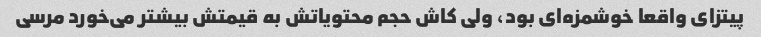
پیتزای واقعا‌ خوشمزه‌ای بود، ولی کاش حجم محتویاتش به قیمتش بیشتر می‌خورد مرسی